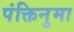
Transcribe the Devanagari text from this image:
पंक्तिनुमा